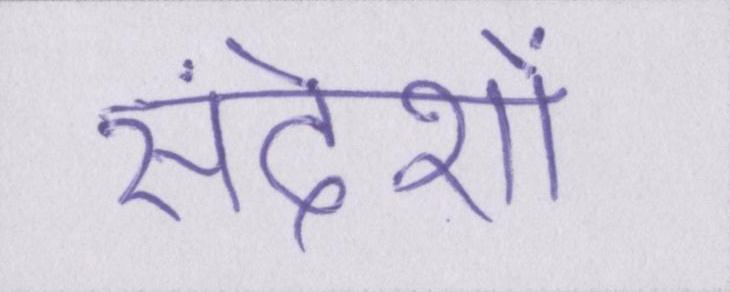
संदेशों